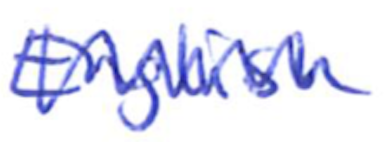
Text: English
Cross-out: zig-zag
Writing tool: ballpoint